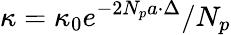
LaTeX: \kappa=\kappa_{0}e^{-2N_{p}a\cdot\Delta}/N_{p}